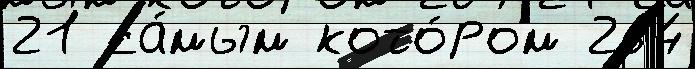
21 са́мым кото́ром 264